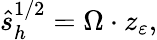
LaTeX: \hat{s}_{h}^{1/2}=\Omega\cdot z_{\varepsilon},